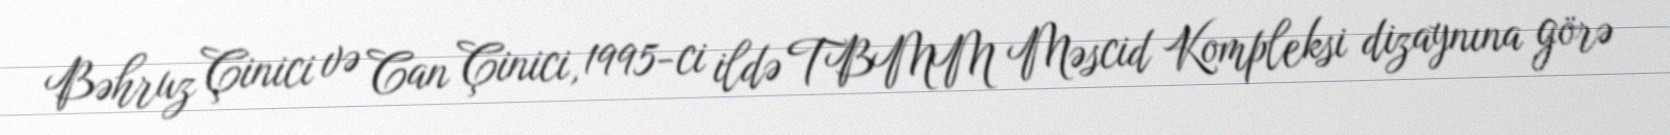
Bəhruz Çinici və Can Çinici, 1995-ci ildə TBMM Məscid Kompleksi dizaynına görə